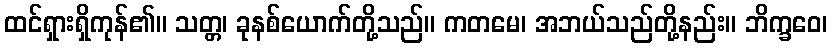
ထင်ရှားရှိကုန်၏။ သတ္တ၊ ခုနစ်ယောက်တို့သည်။ ကတမေ၊ အဘယ်သည်တို့နည်း။ ဘိက္ခဝေ၊